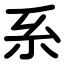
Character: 系